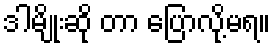
ဒါမျိုးဆို တာ ပြောလို့မရ။